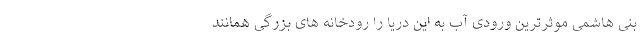
بنی هاشمی موثرترین ورودی آب به این دریا را رودخانه های بزرگی همانند